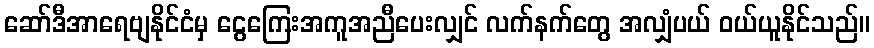
ဆော်ဒီအာရေဗျနိုင်ငံမှ ငွေကြေးအကူအညီပေးလျှင် လက်နက်တွေ အလျှံပယ် ဝယ်ယူနိုင်သည်။